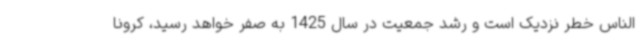
الناس خطر نزدیک است و رشد جمعیت در سال 1425 به صفر خواهد رسید، کرونا